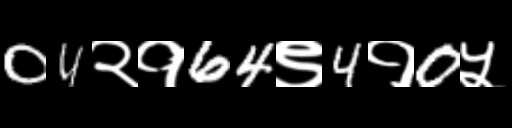
Text: 04२१64९4१0५